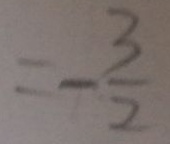
= - \frac { 3 } { 2 }